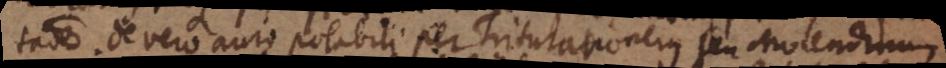
tatione. De vero auro potabili per Triturationem seu Molendinum